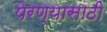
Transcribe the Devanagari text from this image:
पेरण्यासाठी